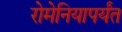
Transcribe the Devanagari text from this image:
रोमेनियापर्यंत